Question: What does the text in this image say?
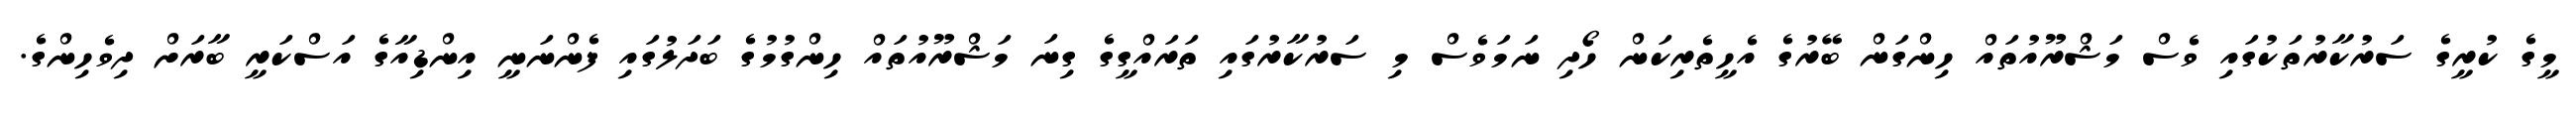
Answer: މީގެ ކުރީގެ ސަރުކާރުތަކުގައި ވެސް މަޝްރޫއުތައް ހިންގަން ބޭރުގެ އެހީތެރިކަން ހޯދި ނަމަވެސް މި ސަރުކާރުގައި ތަރައްގީގެ ގިނަ މަޝްރޫއުތައް ހިންގުމުގެ ބަދަލުގައި ފެންނަނީ އިންޑިއާގެ އަސްކަރީ ބާރަށް ދިވެހިންގެ.